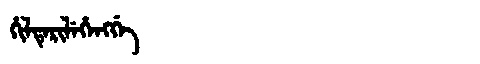
Manchu: ᡥᡳᠯᡨᡝᡵᡳᠯᡝᡥᡝᠩᡤᡝ
Romanization: HILTERILEHENGGE